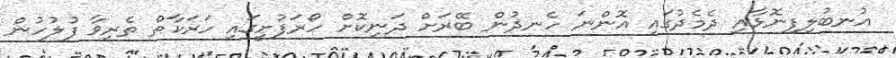
އުނބުލިފިނޮޅާއި ދެމެދުގައި އޮންނަ ހެނދުން ބޭރަށް ދަނިކޮށް ހޯރަފުށީގައި ހަރަކާތް ތެރިވާ ފުލުހުން